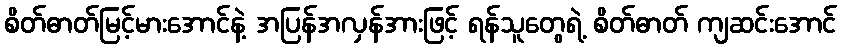
စိတ်ဓာတ်မြင့်မားအောင်နဲ့ အပြန်အလှန်အားဖြင့် ရန်သူတွေရဲ့ စိတ်ဓာတ် ကျဆင်းအောင်